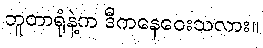
ဘူတာရုံနဲ့က ဒီကနေဝေးသလား။